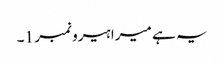
یہ ہے میرا ہیرو نمبر 1۔